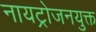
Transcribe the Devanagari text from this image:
नायट्रोजनयुक्त